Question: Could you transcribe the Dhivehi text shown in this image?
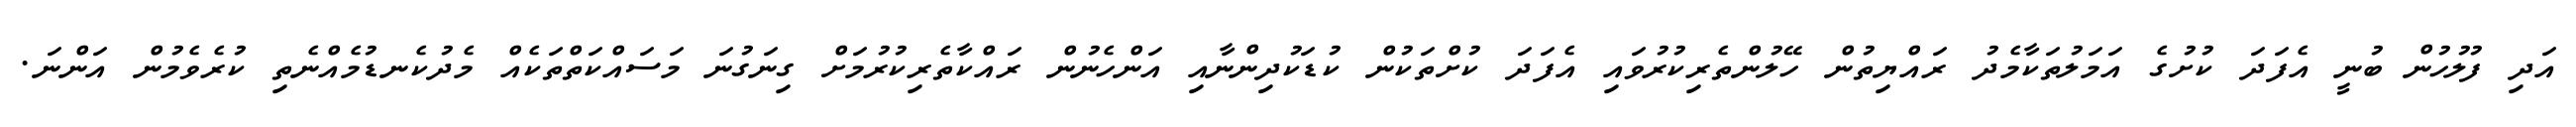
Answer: އަދި ފުލުހުން ބުނީ އެފަދަ ކުށުގެ އަމަލުތަކާމެދު ރައްޔިތުން ހޭލުންތެރިކުރުވައި އެފަދަ ކުށްތަކުން ކުޑަކުދިންނާއި އަންހެނުން ރައްކާތެރިކުރުމަށް ގިނަގުނަ މަސައްކަތްތަކެއް މެދުކެނޑުމެއްނެތި ކުރެވެމުން އަންނަ.